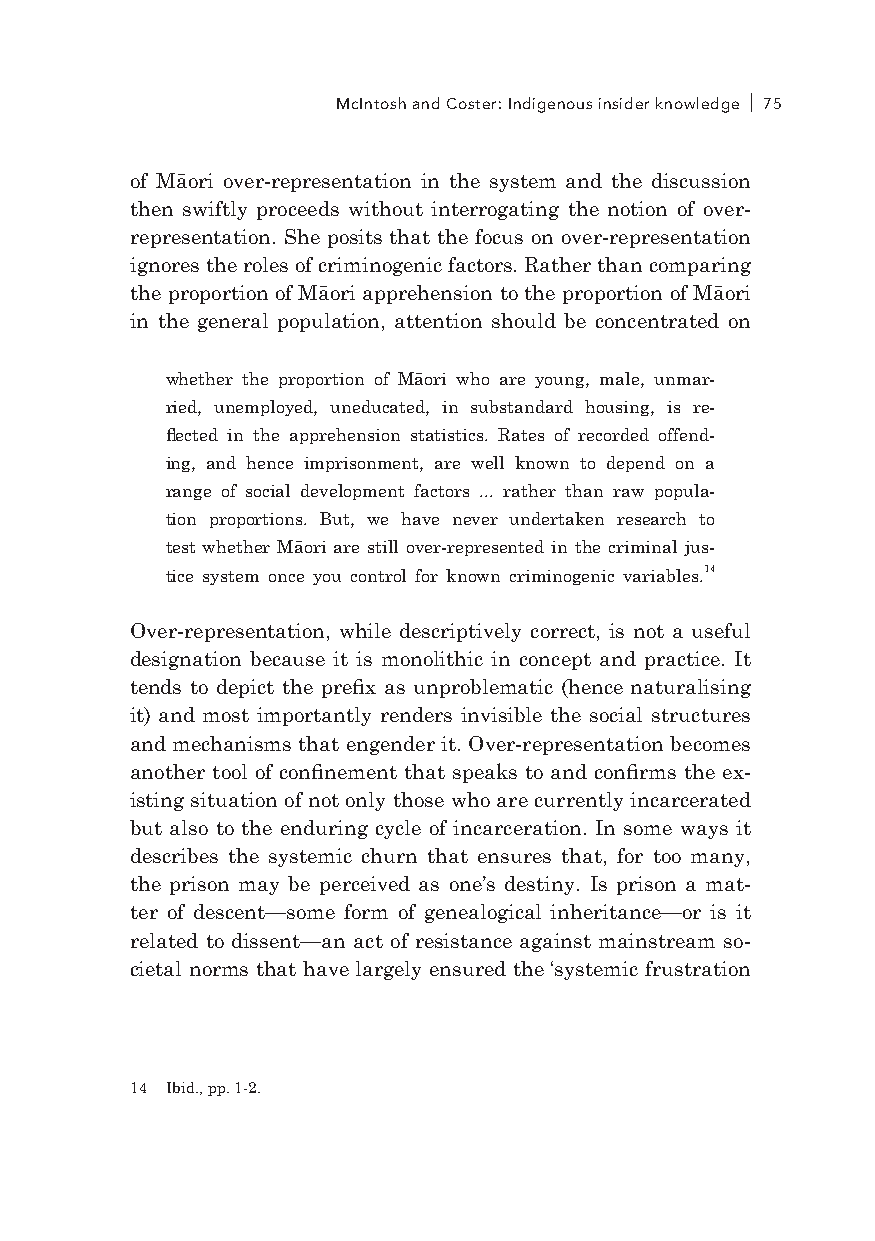
McIntosh and Coster: Indigenous insider knowledge 75
 of Māori over-representation in the system and the discussion
 then swiftly proceeds without interrogating the notion of over-
 representation. She posits that the focus on over-representation
 ignores the roles of criminogenic factors. Rather than comparing
 the proportion of Māori apprehension to the proportion of Māori
 in the general population, attention should be concentrated on
 whether the proportion of Māori who are young, male, unmar-
 ried, unemployed, uneducated, in substandard housing, is re-
 flected in the apprehension statistics. Rates of recorded offend-
 ing, and hence imprisonment, are well known to depend on a
 range of social development factors ... rather than raw popula-
 tion proportions. But, we have never undertaken research to
 test whether Māori are still over-represented in the criminal jus-
 tice system once you control for known criminogenic variables.14
 Over-representation, while descriptively correct, is not a useful
 designation because it is monolithic in concept and practice. It
 tends to depict the prefix as unproblematic (hence naturalising
 it) and most importantly renders invisible the social structures
 and mechanisms that engender it. Over-representation becomes
 another tool of confinement that speaks to and confirms the ex-
 isting situation of not only those who are currently incarcerated
 but also to the enduring cycle of incarceration. In some ways it
 describes the systemic churn that ensures that, for too many,
 the prison may be perceived as one’s destiny. Is prison a mat-
 ter of descent—some form of genealogical inheritance—or is it
 related to dissent—an act of resistance against mainstream so-
 cietal norms that have largely ensured the ‘systemic frustration
 14 Ibid., pp. 1-2.